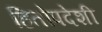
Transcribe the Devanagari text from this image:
हितोपदेशी